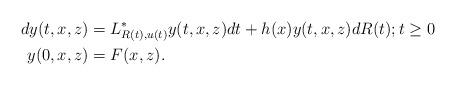
LaTeX: \begin{align*}dy(t,x,z) &= L^*_{R(t),u(t)}y(t,x,z) dt + h(x) y(t,x,z) dR(t); t\geq 0 \\y(0,x,z)&= F(x,z).\end{align*}